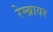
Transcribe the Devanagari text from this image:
रेम्ब्रावर